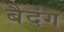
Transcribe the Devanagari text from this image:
बैदंग